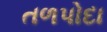
તળપોદા